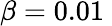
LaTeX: \beta=0.01\